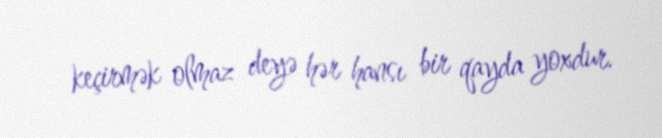
keçirmək olmaz deyə hər hansı bir qayda yoxdur.